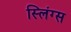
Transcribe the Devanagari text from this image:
स्लिंग्स